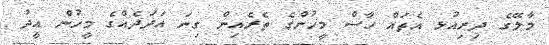
މާލޭގެ ދިރިއުޅ އެތައް ހާސް މީހުންގެ ތެރެއިން ގިނަ އަދަދެއްގެ މީހުން އީދު